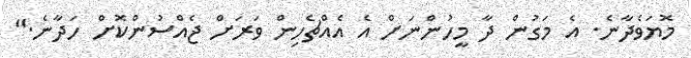
މޮޔަވެދާނެ. އެ މަގުން ދާ މީހުންނަށް އެ އެއްޗެހިން ވަރަށް ޖެއްސުންކޮށް ހަދާނެ."